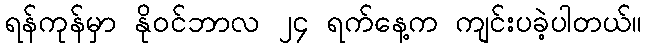
ရန်ကုန်မှာ နိုဝင်ဘာလ ၂၄ ရက်နေ့က ကျင်းပခဲ့ပါတယ်။